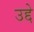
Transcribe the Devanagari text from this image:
उद्दे